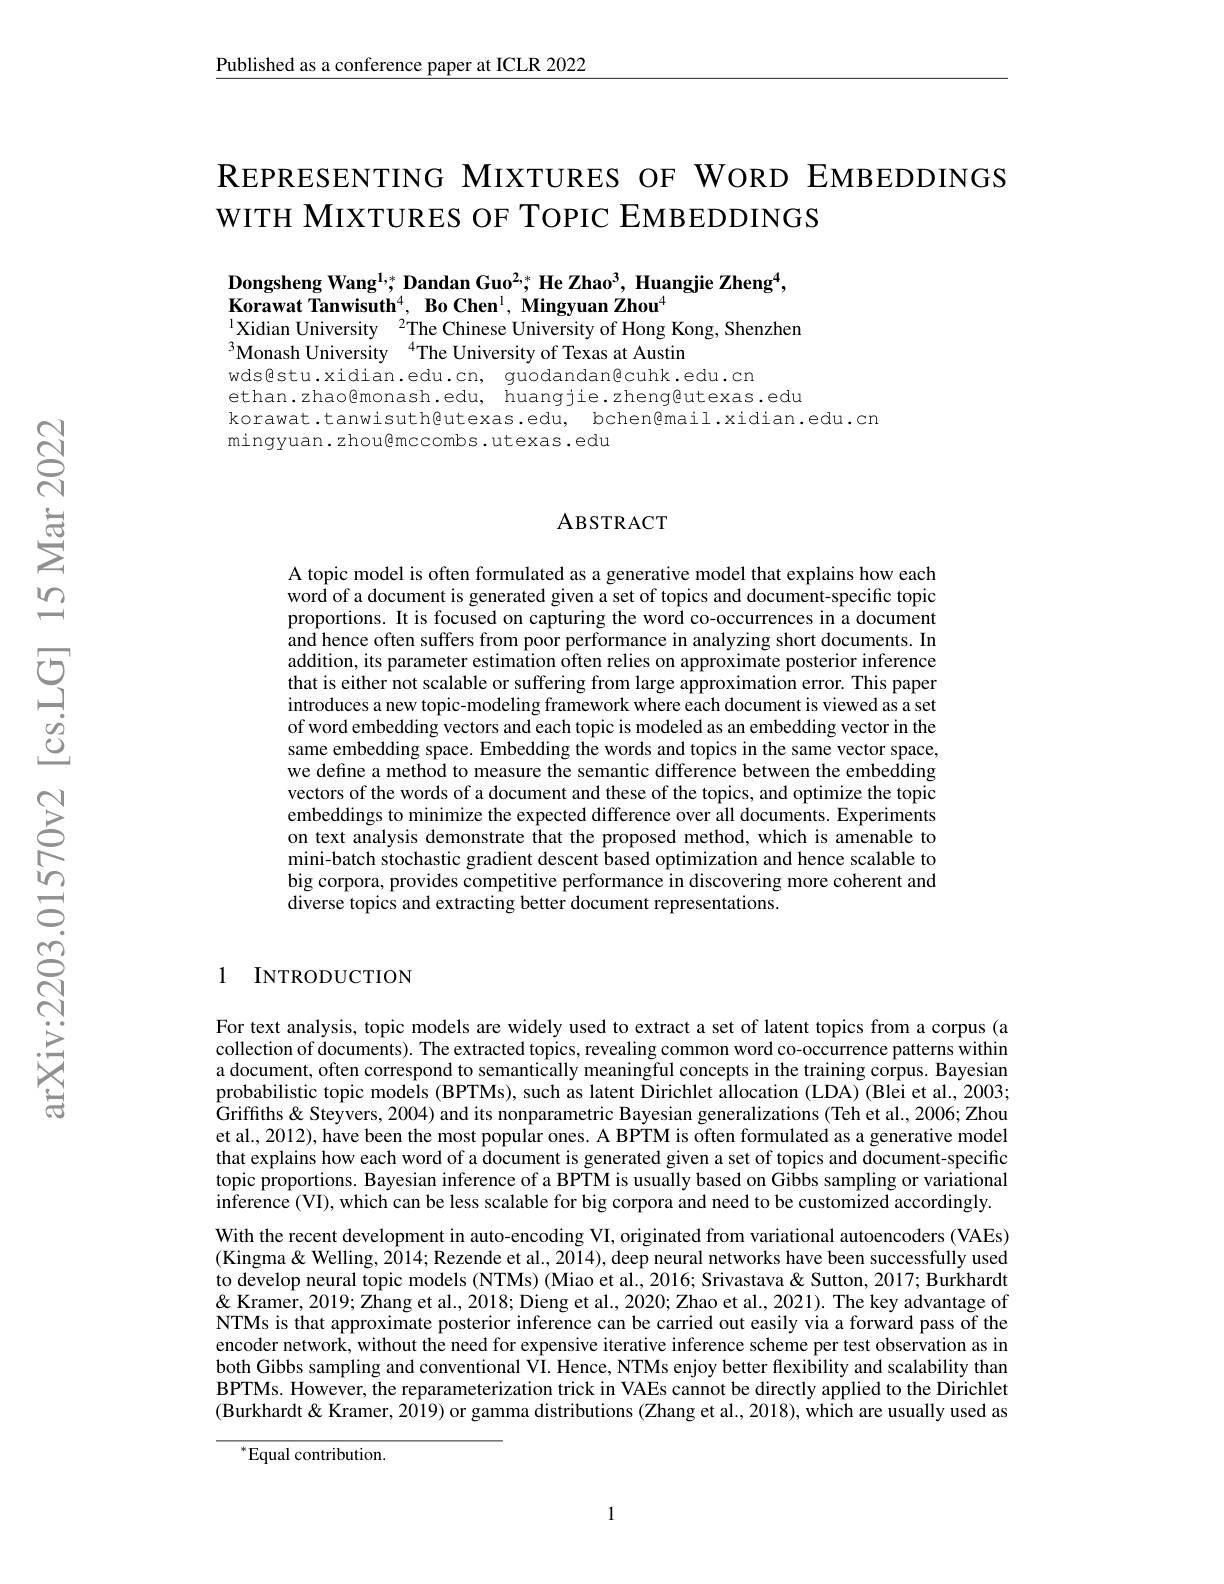
Published as a conference paper at ICLR 2022

# REPRESENTING MIXTURES OF WORD EMBEDDINGS WITH MIXTURES OF TOPIC EMBEDDINGS

Dongsheng Wang$^{1,*};$ Dandan Guo$^2;^*$ He Zhao$^3$, Huangjie Zheng$^4$,
Korawat Tanwisuth$^4,\textbf{BoChen}^1,\textbf{Mingyuan Zhou}^4$
$^{1}$Xidian University$^2$The Chinese University of Hong Kong, Shenzhen
$^{3}$Monash University$^{4}$The University of Texas at Austim

wds色stu.xidian.edu.cn, guodandan@cuhk.edu.cn
ethan.zhao@monash.edu, huangjie.zheng@utexas.edu
korawat.tanwisuth@utexas.edu, bchen@mail.xidian.edu.cn
mingyuan. zhou@mccombs. utexas. edu

### ABSTRACT

A topic model is often formulated as a generative model that explains how each word of a document is generated given a set of topics and document-specific topic proportions. It is focused on capturing the word co-occurrences in a document and hence often suffers from poor performance in analyzing short documents. In addition, its parameter estimation often relies on approximate posterior inference that is either not scalable or suffering from large approximation error. This paper introduces a new topic-modeling framework where each document is viewed as a set of word embedding vectors and each topic is modeled as an embedding vector in the same embedding space. Embedding the words and topics in the same vector space, we define a method to measure the semantic difference between the embedding vectors of the words of a document and these of the topics, and optimize the topic embeddings to minimize the expected difference over all documents. Experiments on text analysis demonstrate that the proposed method, which is amenable to mini-batch stochastic gradient descent based optimization and hence scalable to big corpora, provides competitive performance in discovering more coherent and diverse topics and extracting better document representations.

1 INTRODUCTION

For text analysis, topic models are widely used to extract a set of latent topics from a corpus (a collection of documents). The extracted topics, revealing common word co-occurrence patterns within a document, often correspond to semantically meaningful concepts in the training corpus. Bayesian probabilistic topic models (BPTMs), such as latent Õirichlet allocation (LDA) (Blei et al., 2003; $\hat{\text{Griffiths}}$&Steyvers, 2004) and its nonparametric Bayesian generalizations (Teh et al., 2006; Zhou et al., 2012), have been the most popular ones. A BPTM is often formulated as a generative model that explains how each word of a document is generated given a set of topics and document-specific topic proportions. Bayesian inference of a BPTM is usually based on Gibbs sampling or variational inference (VI), which can be less scalable for big corpora and need to be customized accordingly. With the recent development in auto-encoding VI, originated from variational autoencoders (VAEs) (Kingma & Welling, 2014; Rezende et al., 2014), deep neural networks have been successfully used to develop neural topic models (NTMs) (Miao et al., 2016; Srivastava& Sutton, 2017; Burkhardt $\hat{\&\text{ Kramer, 2019; Zhang et al., 2018; Dieng et al., 2020; Zhao et al., 2021). The key advantage of}}$ NTMs is that approximate posterior inference can be carried out easily via a forward pass of the encoder network, without the need for expensive iterative inference scheme per test observation as in both Gibbs sampling and conventional VI. Hence, NTMs enjoy better flexibility and scalability than BPTMs. However, the reparameterization trick in VAEs cannot be directly applied to the Dirichlet (Burkhardt & Kramer, 2019) or gamma distributions (Zhang et al., 2018), which are usually used as

$^*$Equal contribution.

1